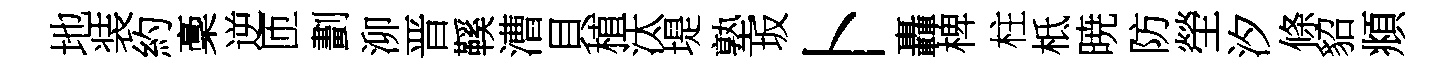
地装約稾逆匝劃泖晋鞵漕貝植汰堤塾坂卜轟椑柱柢暁防塋汐條貂頫